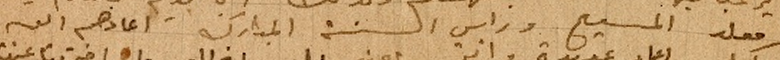
مولد المسيح وراس السنة المبارك اعادهم الله